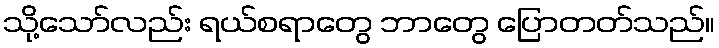
သို့သော်လည်း ရယ်စရာတွေ ဘာတွေ ပြောတတ်သည်။